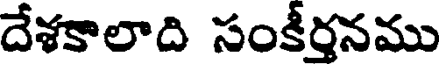
దేశకాలాది సంకీర్తనము